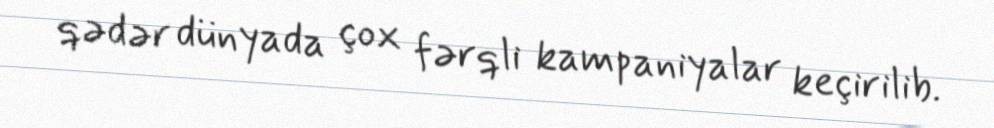
qədər dünyada çox fərqli kampaniyalar keçirilib.